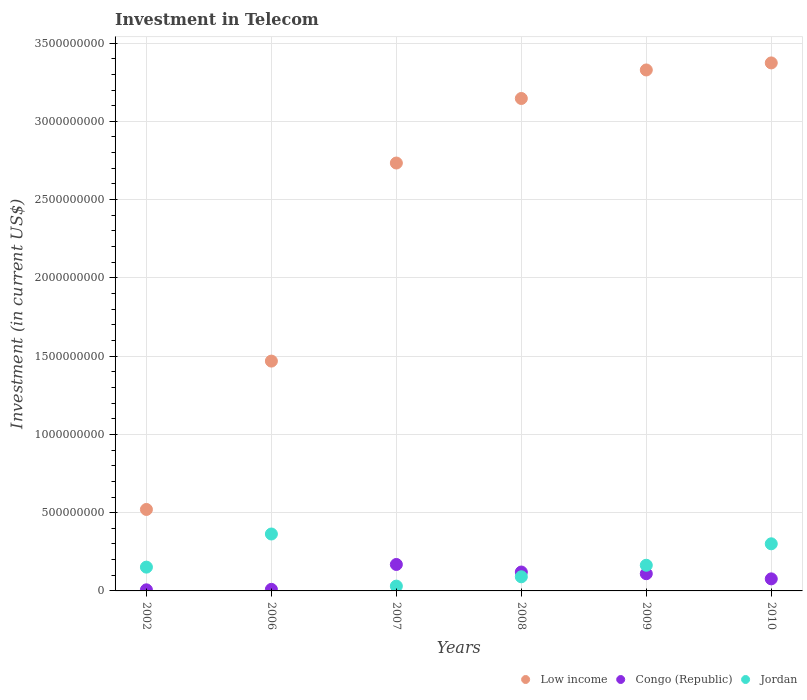
| Years | Low income | Congo (Republic) | Jordan |
 | --- | --- | --- | --- |
 | 2002 | 5.2e+08 | 7e+06 | 1.52e+08 |
 | 2006 | 1.47e+09 | 1e+07 | 3.64e+08 |
 | 2007 | 2.73e+09 | 1.69e+08 | 3.07e+07 |
 | 2008 | 3.15e+09 | 1.21e+08 | 9.03e+07 |
 | 2009 | 3.33e+09 | 1.1e+08 | 1.64e+08 |
 | 2010 | 3.37e+09 | 7.7e+07 | 3.01e+08 |